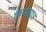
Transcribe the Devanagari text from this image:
क्रियामात्र